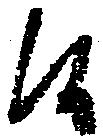
候